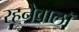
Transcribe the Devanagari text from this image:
रहनेवालॉ